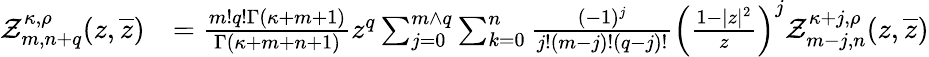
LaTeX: \begin{array}{rl}{\mathcal{Z}_{m,n+q}^{\kappa,\rho}(z,\overline{{z}})}&{=\frac{m!q!\Gamma(\kappa+m+1)}{\Gamma(\kappa+m+n+1)}z^{q}\sum_{j=0}^{m\wedge q}\sum_{k=0}^{n}\frac{(-1)^{j}}{j!(m-j)!(q-j)!}\left(\frac{1-|z|^{2}}{z}\right)^{j}\mathcal{Z}_{m-j,n}^{\kappa+j,\rho}(z,\overline{{z}})}\end{array}